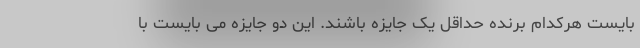
بایست هرکدام برنده حداقل یک جایزه باشند. این دو جایزه می بایست با